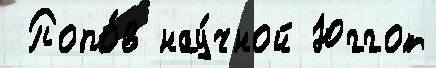
 Попо́в нау́чной Юггот